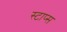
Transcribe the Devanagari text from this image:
स्टाप्स